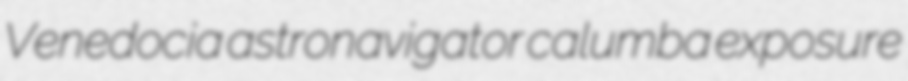
Venedocia astronavigator calumba exposure